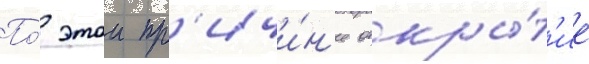
По́ этои пр'ичи́н'е откры́т'ие